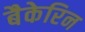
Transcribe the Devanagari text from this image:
बैकेरिन